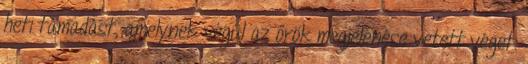
heti támadást, amelynek végül az őrök megjelenése vetett véget.